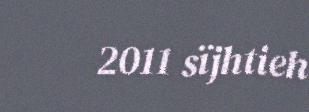
2011 sïjhtieh